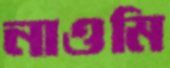
নাওমি